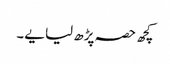
کچھ حصہ پڑھ لیا یے۔